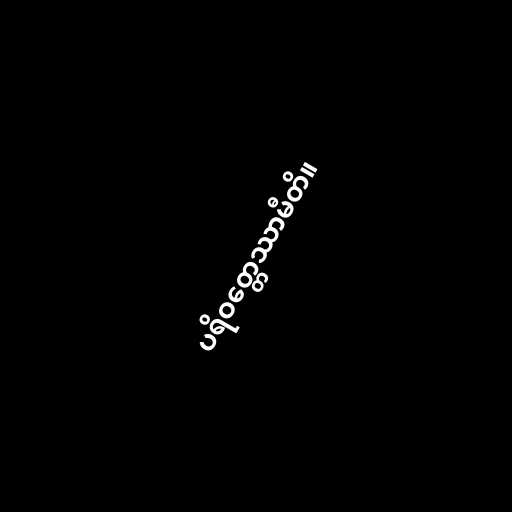
ပရိဝတ္တေဿာမီတိ။